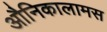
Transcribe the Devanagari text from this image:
औनिकालामस